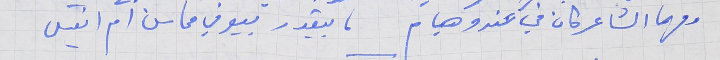
ومهما الشاعر كان في عندو هيام     ما بيقدر بيوفي محاسن ام انيس